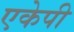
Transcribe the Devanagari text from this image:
एकेपी